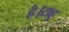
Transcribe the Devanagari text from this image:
है।राहु